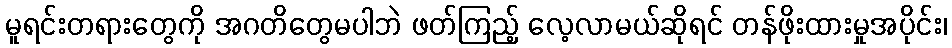
မူရင်းတရားတွေကို အဂတိတွေမပါဘဲ ဖတ်ကြည့် လေ့လာမယ်ဆိုရင် တန်ဖိုးထားမှုအပိုင်း၊